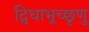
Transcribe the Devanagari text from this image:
द्विधाभूच्छृणु